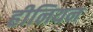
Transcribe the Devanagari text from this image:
हीनियन